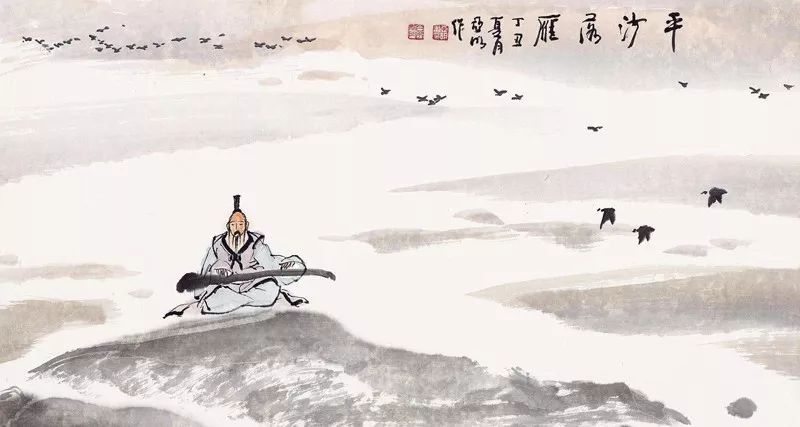
远雁下平沙，嘹亮遗凄唳。